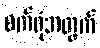
စက်ရုံအတွက်